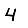
Digit: 4